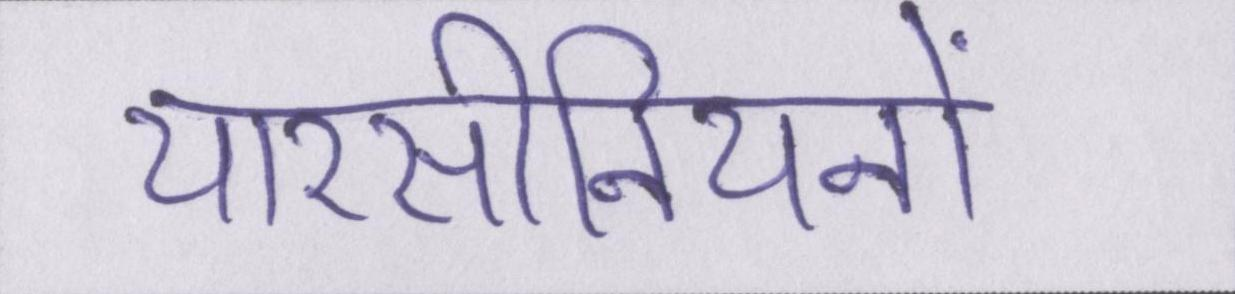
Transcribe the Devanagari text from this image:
यारसीनियनों